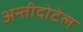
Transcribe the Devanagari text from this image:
अन्तीदोटेल